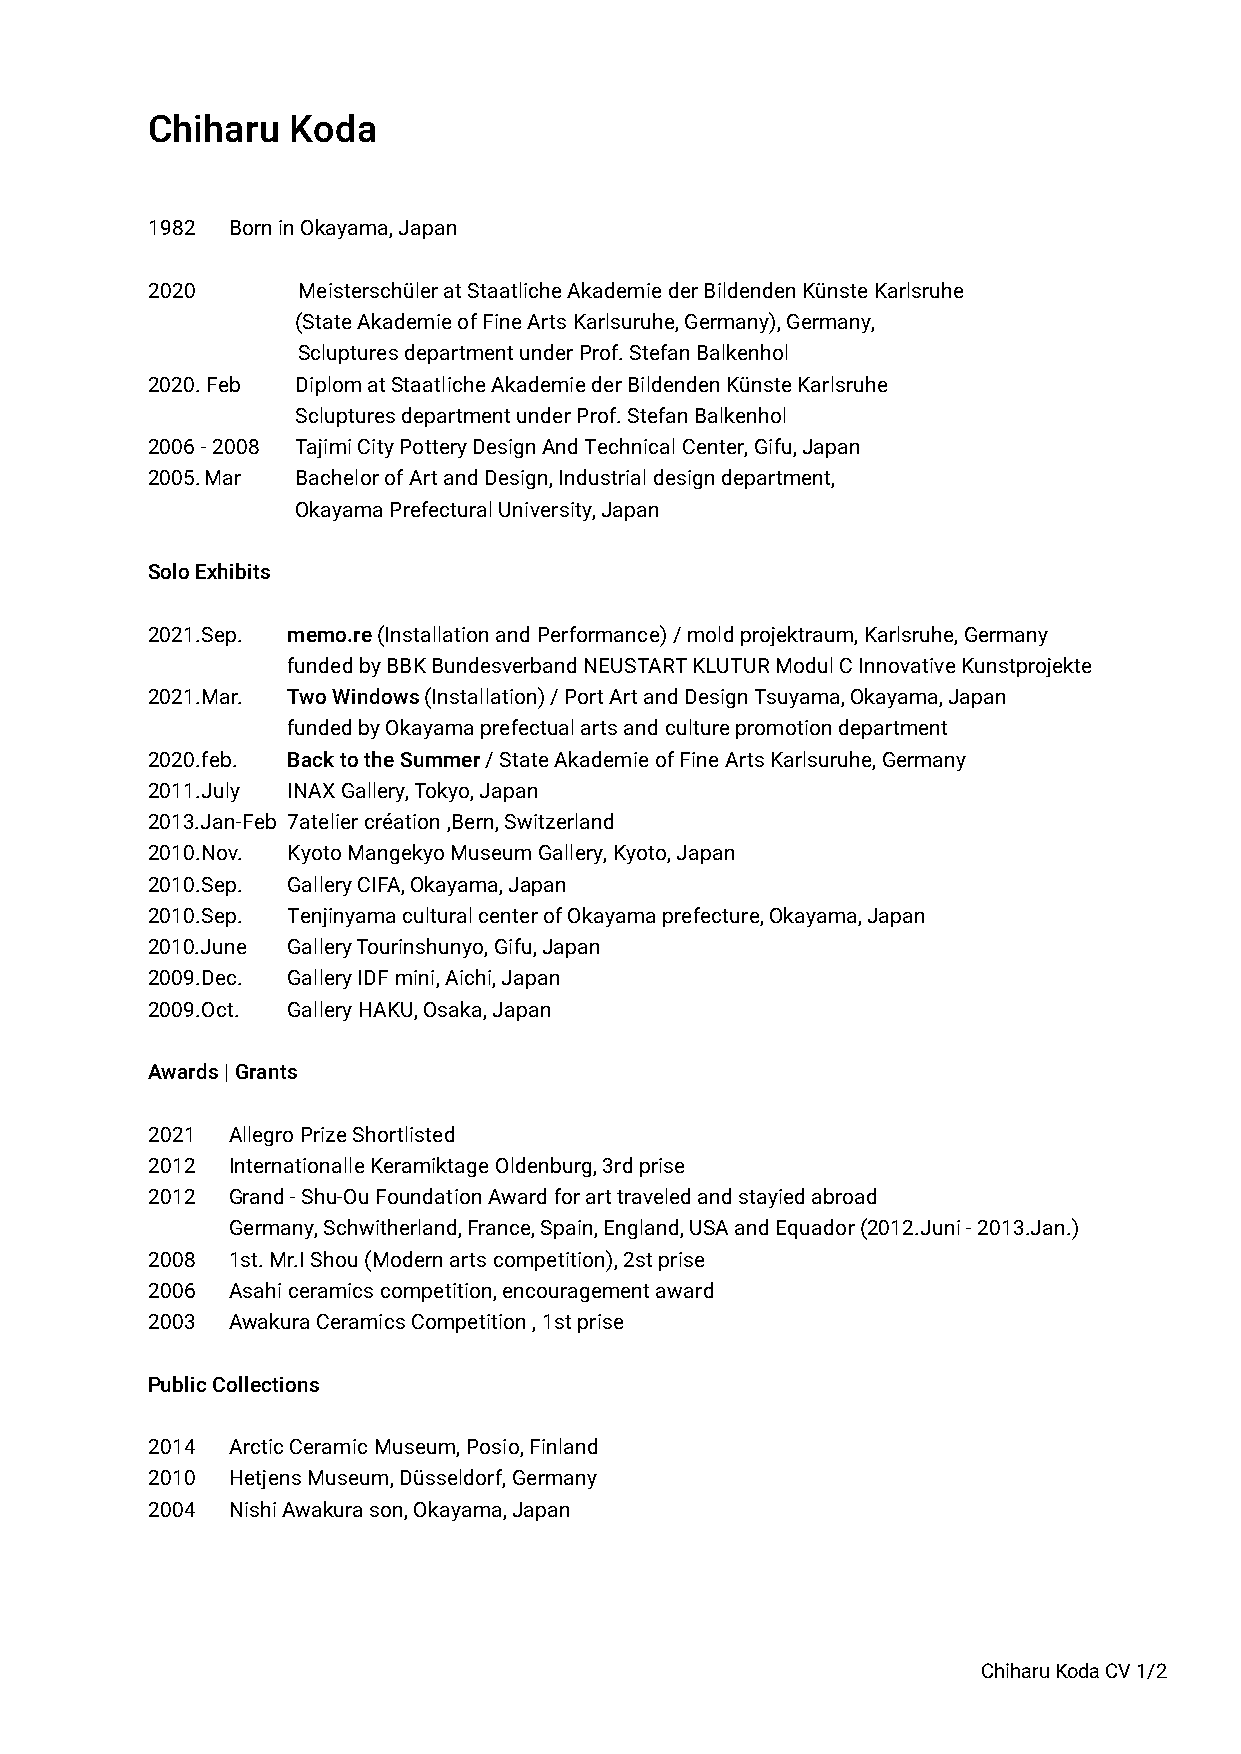
Chiharu  Koda
 1982 Born in Okayama, Japan
 2020      Meisterschüler at Staatliche Akademie der Bildenden Künste Karlsruhe
 (State Akademie of Fine Arts Karlsuruhe, Germany), Germany,
 Scluptures department under Prof. Stefan Balkenhol
 2020. Feb Diplom at Staatliche Akademie der Bildenden Künste Karlsruhe
 Scluptures department under Prof. Stefan Balkenhol
 2006 - 2008 Tajimi City Pottery Design And Technical Center, Gifu, Japan
 2005. Mar Bachelor of Art and Design, Industrial design department,
 Okayama Prefectural University, Japan
 Solo Exhibits
 2021.Sep. memo.re (Installation and Performance) / mold projektraum, Karlsruhe, Germany
 funded by BBK Bundesverband NEUSTART KLUTUR Modul C Innovative Kunstprojekte
 2021.Mar. Two Windows (Installation) / Port Art and Design Tsuyama, Okayama, Japan
 funded by Okayama prefectual arts and culture promotion department
 2020.feb. Back to the Summer / State Akademie of Fine Arts Karlsuruhe, Germany
 2011.July INAX Gallery, Tokyo, Japan
 2013.Jan-Feb 7atelier création ,Bern, Switzerland
 2010.Nov. Kyoto Mangekyo Museum Gallery, Kyoto, Japan
 2010.Sep. Gallery CIFA, Okayama, Japan
 2010.Sep. Tenjinyama cultural center of Okayama prefecture, Okayama, Japan
 2010.June Gallery Tourinshunyo, Gifu, Japan
 2009.Dec. Gallery IDF mini, Aichi, Japan
 2009.Oct. Gallery HAKU, Osaka, Japan
 Awards | Grants
 2021 Allegro Prize Shortlisted
 2012 Internationalle Keramiktage Oldenburg, 3rd prise
 2012 Grand - Shu-Ou Foundation Award for art traveled and stayied abroad
 Germany, Schwitherland, France, Spain, England, USA and Equador (2012.Juni - 2013.Jan.)
 2008 1st. Mr.I Shou (Modern arts competition), 2st prise
 2006 Asahi ceramics competition, encouragement award
 2003 Awakura Ceramics Competition , 1st prise
 Public Collections
 2014 Arctic Ceramic Museum, Posio, Finland
 2010 Hetjens Museum, Düsseldorf, Germany
 2004 Nishi Awakura son, Okayama, Japan
 Chiharu Koda CV 1/2